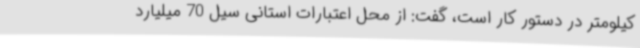
کیلومتر در دستور کار است، گفت: از محل اعتبارات استانی سیل 70 میلیارد